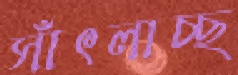
সাঁৎলাচ্ছ